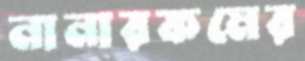
নানারকমের